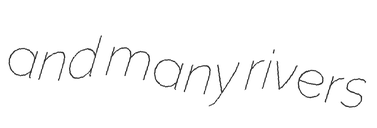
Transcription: and many rivers